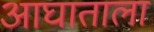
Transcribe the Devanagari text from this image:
आघाताला